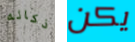
ذكائه يكن